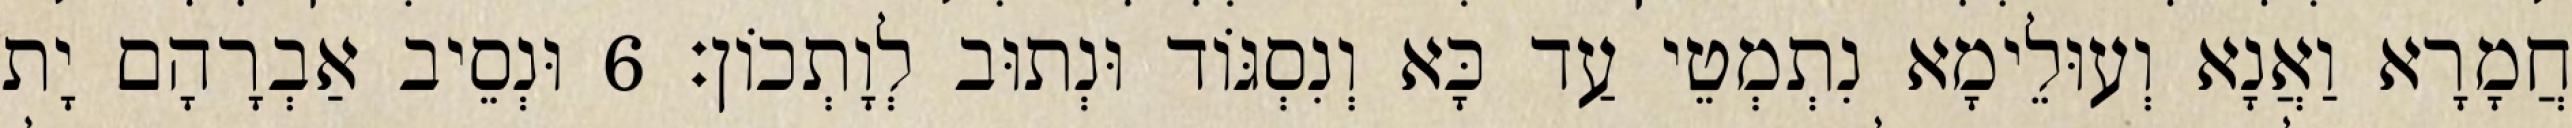
חֲמָרָא וַאֲנָא וְעוּלֵימָא נִתְמְטֵי עַד כָּא וְנִסְגּוֹד וּנְתוּב לְוָתְכוֹן׃ 6 וּנְסֵיב אַבְרָהָם יָת